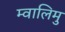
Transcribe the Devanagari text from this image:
म्वालिमु